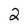
Character: 2